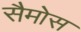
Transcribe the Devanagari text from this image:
सैमोस